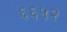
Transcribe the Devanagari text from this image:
६६५२